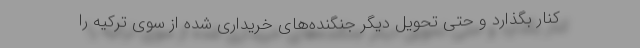
کنار بگذارد و حتی تحویل دیگر جنگنده‌های خریداری شده از سوی ترکیه را